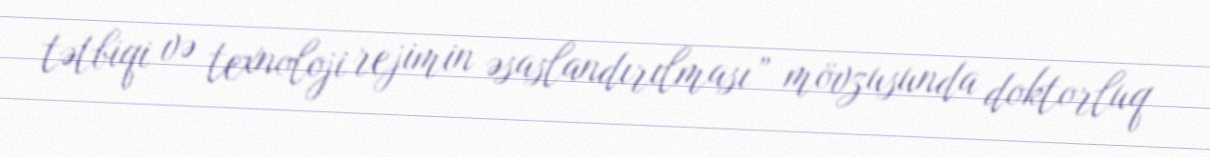
tətbiqi və texnoloji rejimin əsaslandırılması” mövzusunda doktorluq